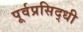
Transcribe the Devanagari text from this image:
पूर्वप्रसिद्धी